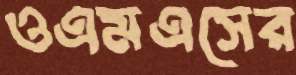
ওএমএসের